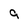
Character: 9